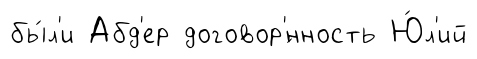
бы́л'и Абд'ер договор'́нность Ю́л'ий